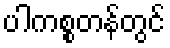
ပါကစ္စတန်တွင်